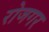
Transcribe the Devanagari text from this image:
रोजगर